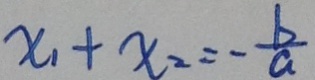
x _ { 1 } + x _ { 2 } = - \frac { b } { a }